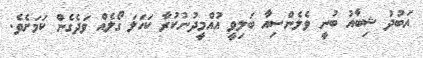
އަބުދު ޝިބާއު ބުނީ ވެލެންސިއާ ބަލިވީ އުއްމީދުނުކުރާ ކަހަލަ ގޯލެއް ވަދެގެން ކަމަށެވެ.